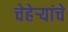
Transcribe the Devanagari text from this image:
चेहेऱ्यांचे